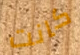
كانت